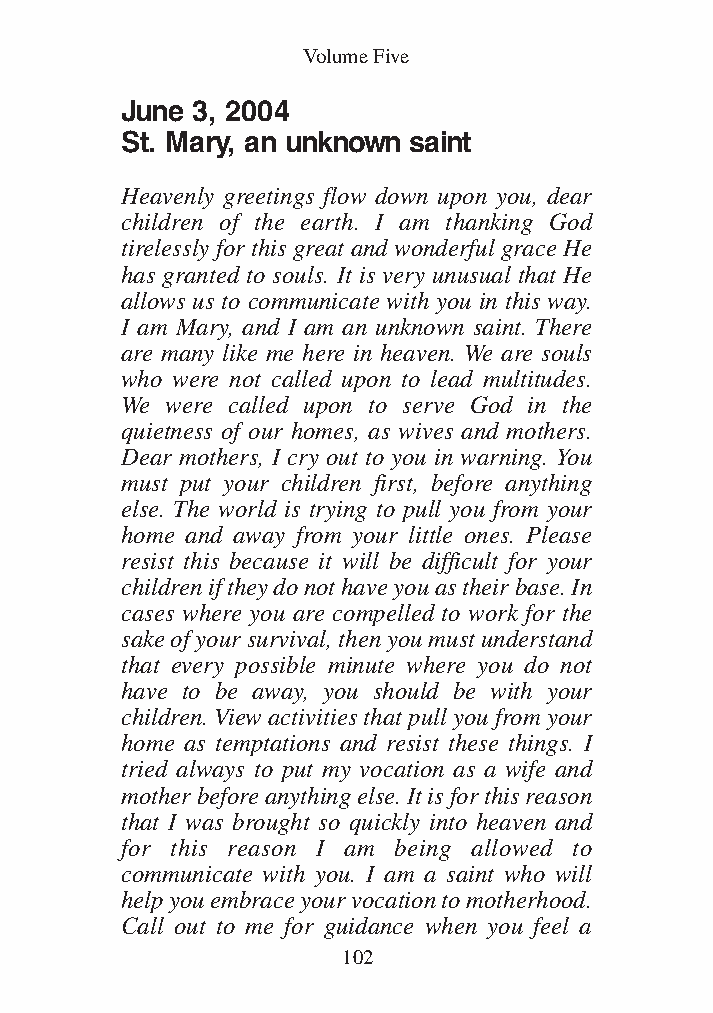
DFOT Vol 5 No App_1 12/3/13 8:54 PM Page 102
 Volume Five
 June 3, 2004
 St. Mary, an unknown saint
 Heavenly greetings flow down upon you, dear
 children of the earth. I am thanking God
 tirelessly for this great and wonderful grace He
 has granted to souls. It is very unusual that He
 allows us to communicate with you in this way.
 I am Mary, and I am an unknown saint. There
 are many like me here in heaven. We are souls
 who were not called upon to lead multitudes.
 We were called upon to serve God in the
 quietness of our homes, as wives and mothers.
 Dear mothers, I cry out to you in warning. You
 must put your children first, before anything
 else. The world is trying to pull you from your
 home and away from your little ones. Please
 resist this because it will be difficult for your
 children if they do not have you as their base. In
 cases where you are compelled to work for the
 sake of your survival, then you must understand
 that every possible minute where you do not
 have to be away, you should be with your
 children. View activities that pull you from your
 home as temptations and resist these things. I
 tried always to put my vocation as a wife and
 mother before anything else. It is for this reason
 that I was brought so quickly into heaven and
 for this reason I am being allowed to
 communicate with you. I am a saint who will
 help you embrace your vocation to motherhood.
 Call out to me for guidance when you feel a
 102